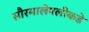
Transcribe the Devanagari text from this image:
सौरमालेपलीकडे